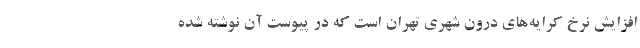
افزایش نرخ کرایه‌های درون شهری تهران است که در پیوست آن نوشته شده